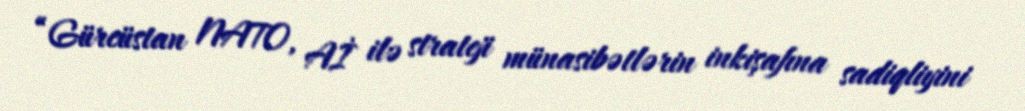
“Gürcüstan NATO, Aİ ilə strateji münasibətlərin inkişafına sadiqliyini